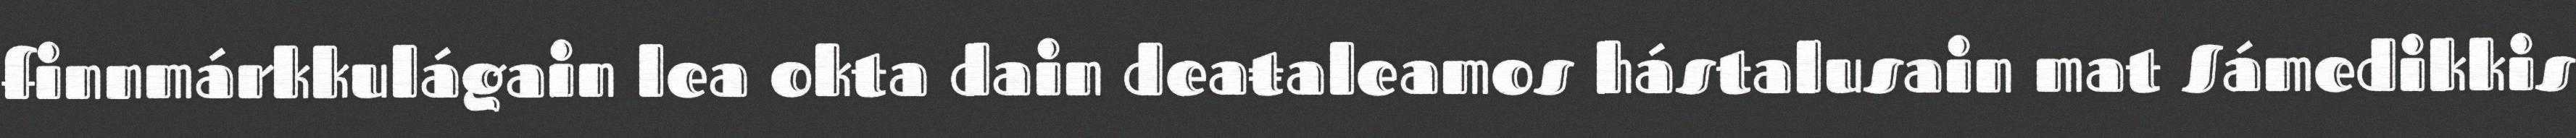
finnmárkkulágain lea okta dain deaŧaleamos hástalusain mat Sámedikkis